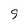
Character: 9